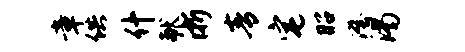
章供什献浙青宅昭澄渴